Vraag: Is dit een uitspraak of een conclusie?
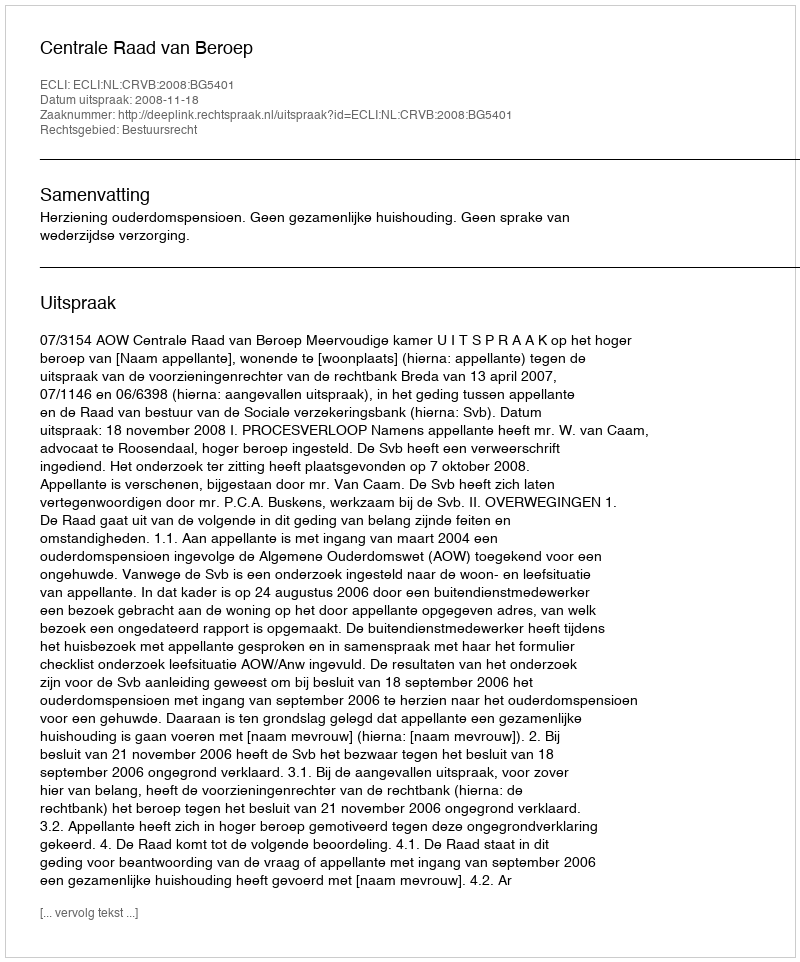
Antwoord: Uitspraak